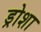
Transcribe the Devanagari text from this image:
ड्रोशा